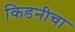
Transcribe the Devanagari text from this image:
किडनीचा